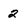
Character: 2